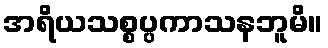
အရိယသစ္စပ္ပကာသနဘူမိ။